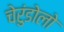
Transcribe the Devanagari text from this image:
चेरुंडोलो